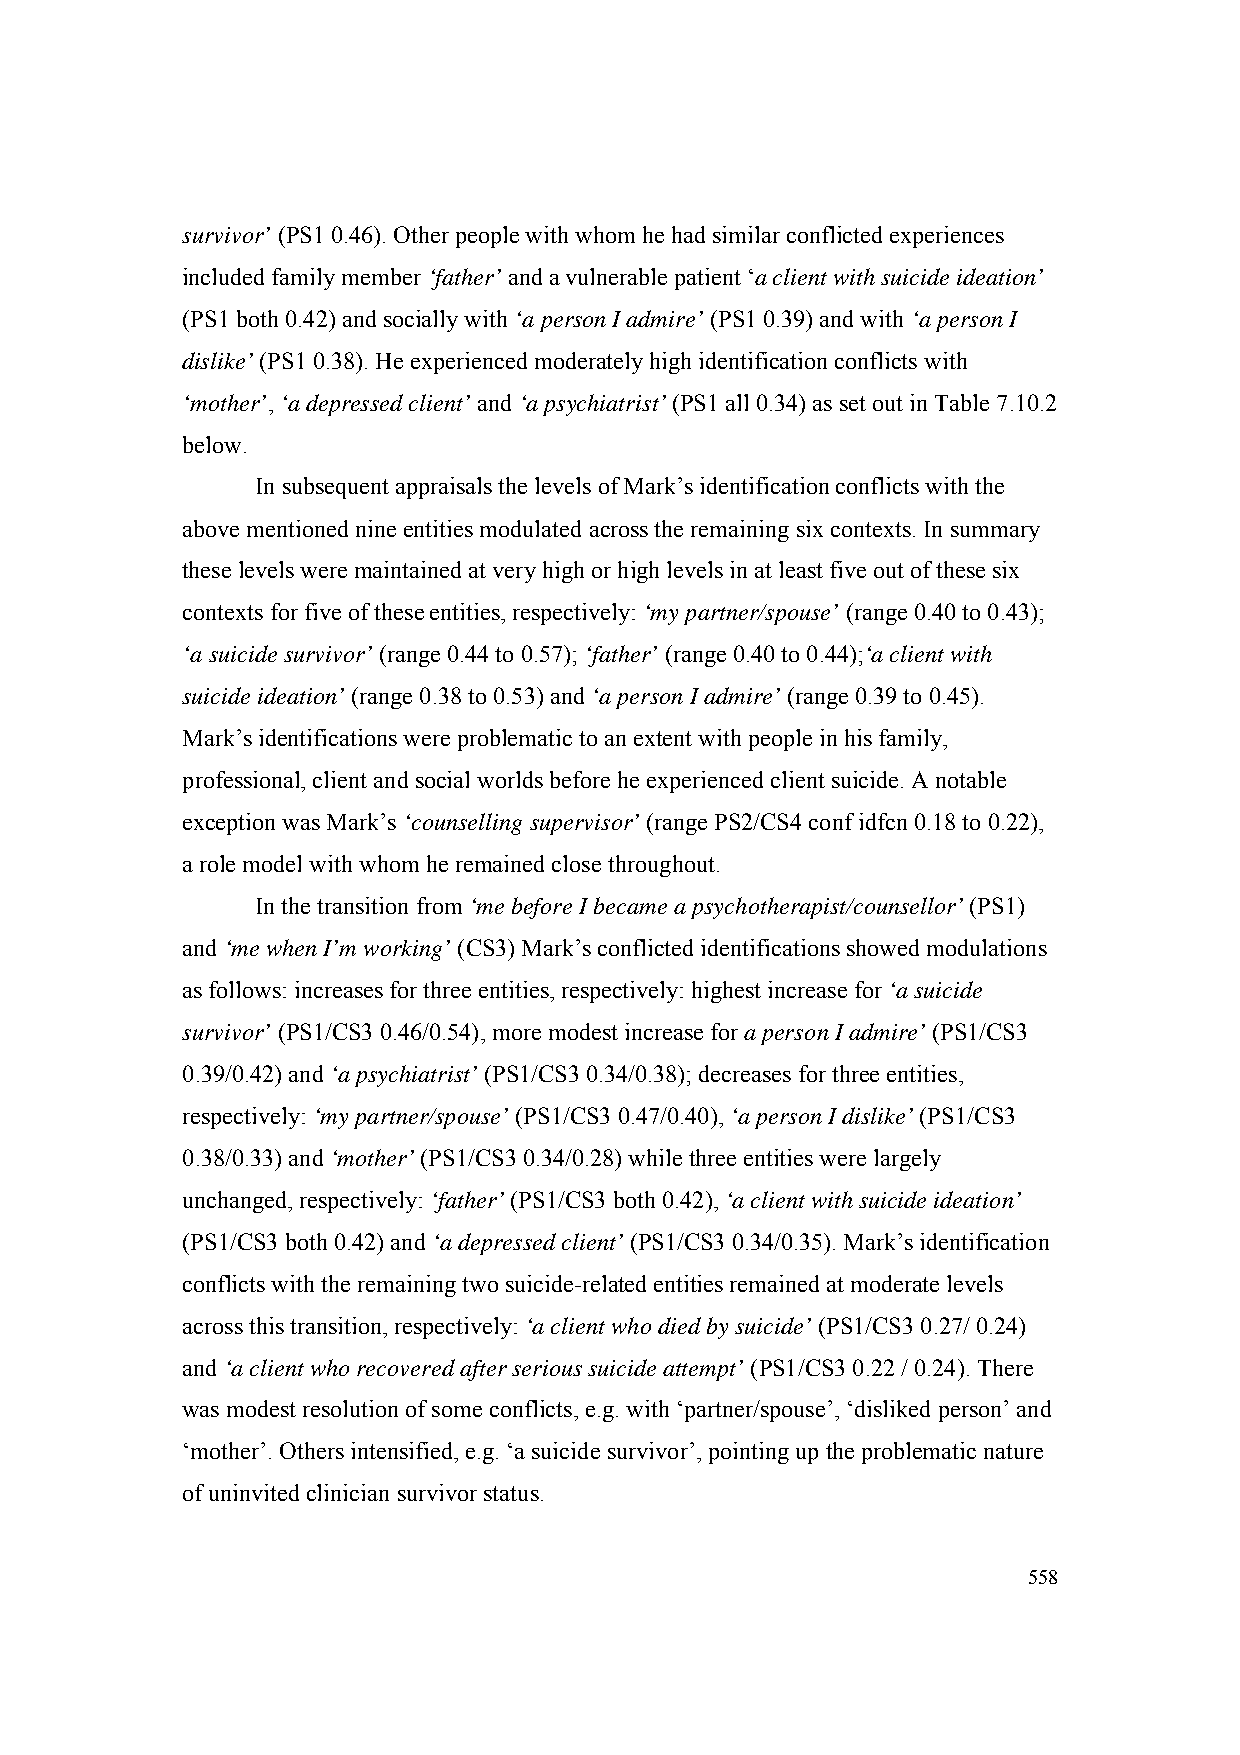
survivor’ (PS1 0.46). Other people with whom he had similar conflicted experiences
 included family member ‘father’ and a vulnerable patient ‘a client with suicide ideation’
 (PS1 both 0.42) and socially with ‘a person I admire’ (PS1 0.39) and with ‘a person I
 dislike’ (PS1 0.38). He experienced moderately high identification conflicts with
 ‘mother’, ‘a depressed client’ and ‘a psychiatrist’ (PS1 all 0.34) as set out in Table 7.10.2
 below.
 In subsequent appraisals the levels of Mark’s identification conflicts with the
 above mentioned nine entities modulated across the remaining six contexts. In summary
 these levels were maintained at very high or high levels in at least five out of these six
 contexts for five of these entities, respectively: ‘my partner/spouse’ (range 0.40 to 0.43);
 ‘a suicide survivor’ (range 0.44 to 0.57); ‘father’ (range 0.40 to 0.44);‘a client with
 suicide ideation’ (range 0.38 to 0.53) and ‘a person I admire’ (range 0.39 to 0.45).
 Mark’s identifications were problematic to an extent with people in his family,
 professional, client and social worlds before he experienced client suicide. A notable
 exception was Mark’s ‘counselling supervisor’ (range PS2/CS4 conf idfcn 0.18 to 0.22),
 a role model with whom he remained close throughout.
 In the transition from ‘me before I became a psychotherapist/counsellor’ (PS1)
 and ‘me when I’m working’ (CS3) Mark’s conflicted identifications showed modulations
 as follows: increases for three entities, respectively: highest increase for ‘a suicide
 survivor’ (PS1/CS3 0.46/0.54), more modest increase for a person I admire’ (PS1/CS3
 0.39/0.42) and ‘a psychiatrist’ (PS1/CS3 0.34/0.38); decreases for three entities,
 respectively: ‘my partner/spouse’ (PS1/CS3 0.47/0.40), ‘a person I dislike’ (PS1/CS3
 0.38/0.33) and ‘mother’ (PS1/CS3 0.34/0.28) while three entities were largely
 unchanged, respectively: ‘father’ (PS1/CS3 both 0.42), ‘a client with suicide ideation’
 (PS1/CS3 both 0.42) and ‘a depressed client’ (PS1/CS3 0.34/0.35). Mark’s identification
 conflicts with the remaining two suicide-related entities remained at moderate levels
 across this transition, respectively: ‘a client who died by suicide’ (PS1/CS3 0.27/ 0.24)
 and ‘a client who recovered after serious suicide attempt’ (PS1/CS3 0.22 / 0.24). There
 was modest resolution of some conflicts, e.g. with ‘partner/spouse’, ‘disliked person’ and
 ‘mother’. Others intensified, e.g. ‘a suicide survivor’, pointing up the problematic nature
 of uninvited clinician survivor status.
 558